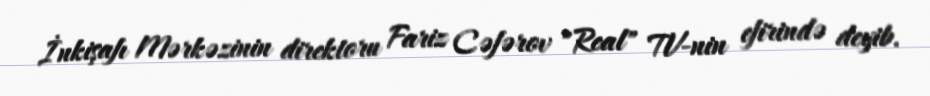
İnkişafı Mərkəzinin direktoru Fariz Cəfərov "Real" TV-nin efirində deyib.